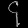
Digit: ၄